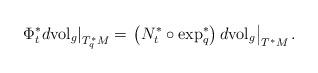
LaTeX: \begin{align*}\left. \Phi_{t}^{\ast}d\mathrm{vol}_{g}\right\vert _{T_{q}^{\ast}M}=\left.\left( N_{t}^{\ast}\circ\exp_{q}^{\ast}\right) d\mathrm{vol}_{g}\right\vert_{T^{\ast}M}.\end{align*}